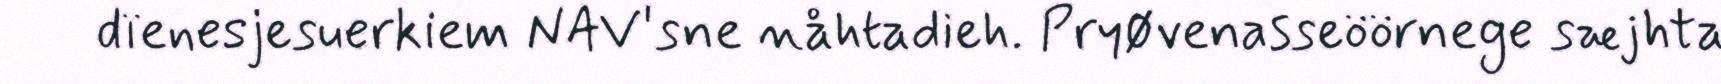
dïenesjesuerkiem NAV'sne nåhtadieh. Pryøvenasseöörnege sæjhta